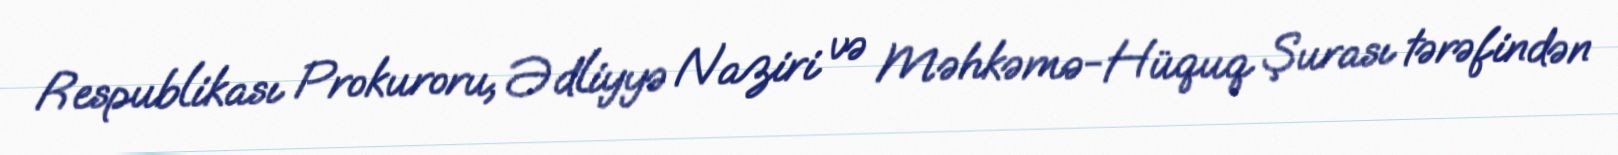
Respublikası Prokuroru, Ədliyyə Naziri və Məhkəmə-Hüquq Şurası tərəfindən